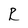
Character: R